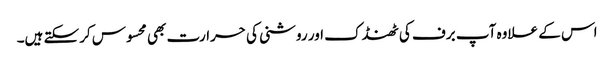
اس کے علاوہ آپ برف کی ٹھنڈک اور روشنی کی حرارت بھی محسوس کرسکتے ہیں۔